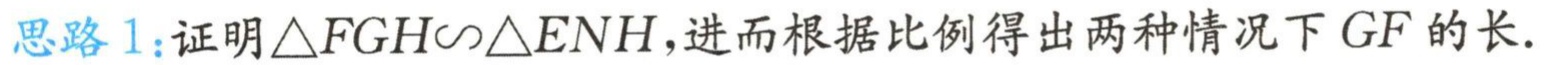
思路1：证明\(\triangle FGH\sim\triangle ENH\)，进而根据比例得出两种情况下\(GF\)的长.